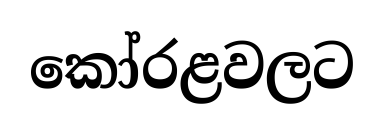
කෝරළවලට